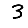
Digit: 3